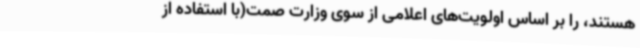
هستند، را بر اساس اولویت‌های اعلامی از سوی وزارت صمت(با استفاده از